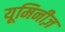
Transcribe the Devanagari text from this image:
यूमिनीज़